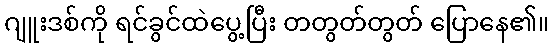
ဂျူးဒစ်ကို ရင်ခွင်ထဲပွေ့ပြီး တတွတ်တွတ် ပြောနေ၏။